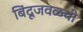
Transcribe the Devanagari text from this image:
बिंदूजवळची